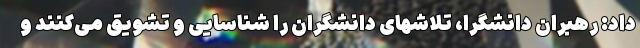
داد: رهبران دانشگرا، تلاشهای دانشگران را شناسایی و تشویق می‌کنند و